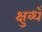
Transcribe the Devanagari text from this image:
क्षुब्धँ